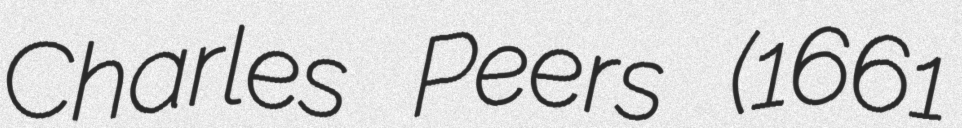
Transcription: Charles Peers (1661